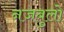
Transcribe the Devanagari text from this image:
नजबुलो